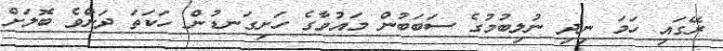
ރޭގައި ހަމަ ނިދި ނުލިބުމުގެ ސަބަބުން މައުވާގެ ހަށިގަނޑުން ހަކަތަ ދަށްވެ ބޮލަށް